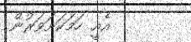
އެއީ ހަމަކަށަވަރުން